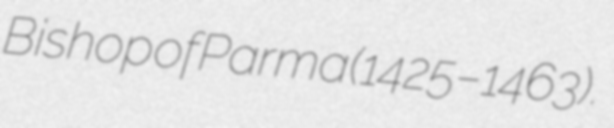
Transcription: Bishop of Parma (1425–1463).